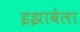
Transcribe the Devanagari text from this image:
इझाबेला